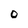
Character: 0